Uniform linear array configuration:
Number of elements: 8
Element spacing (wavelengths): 0.5
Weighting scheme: binomial
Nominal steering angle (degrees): -30
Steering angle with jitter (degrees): -30.131
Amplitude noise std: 0.05
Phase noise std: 0.05

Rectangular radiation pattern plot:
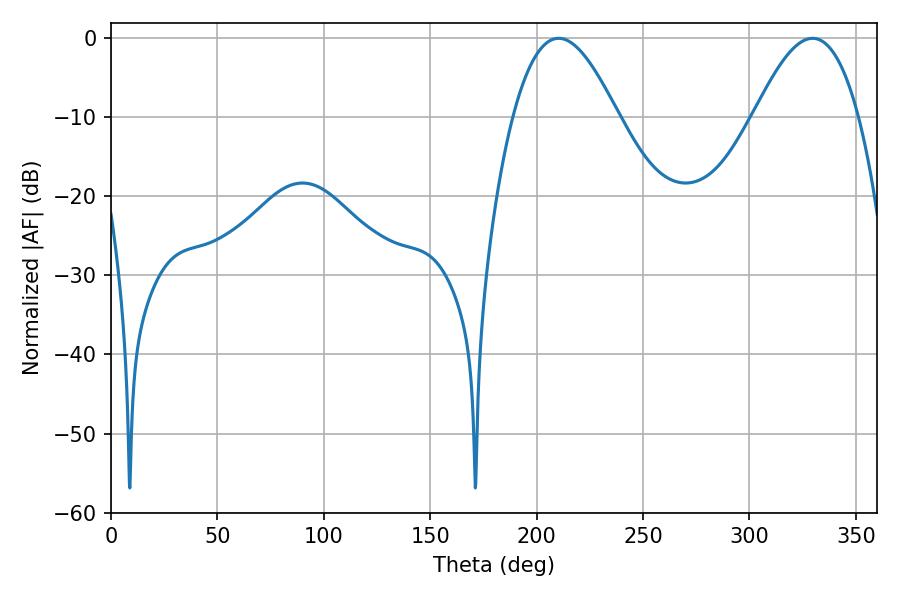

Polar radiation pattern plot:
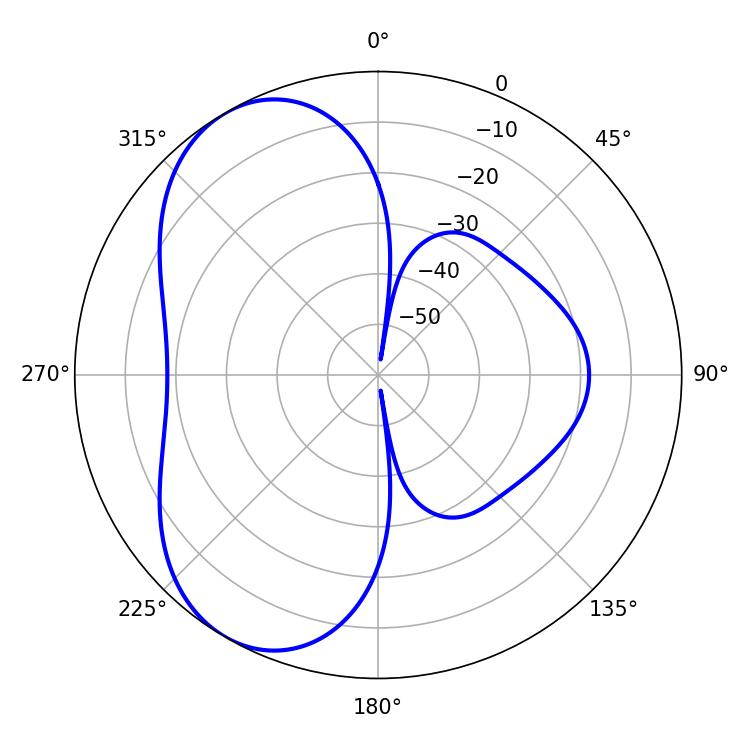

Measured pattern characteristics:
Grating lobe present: FALSE
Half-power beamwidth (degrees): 26.64
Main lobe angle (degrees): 210.42